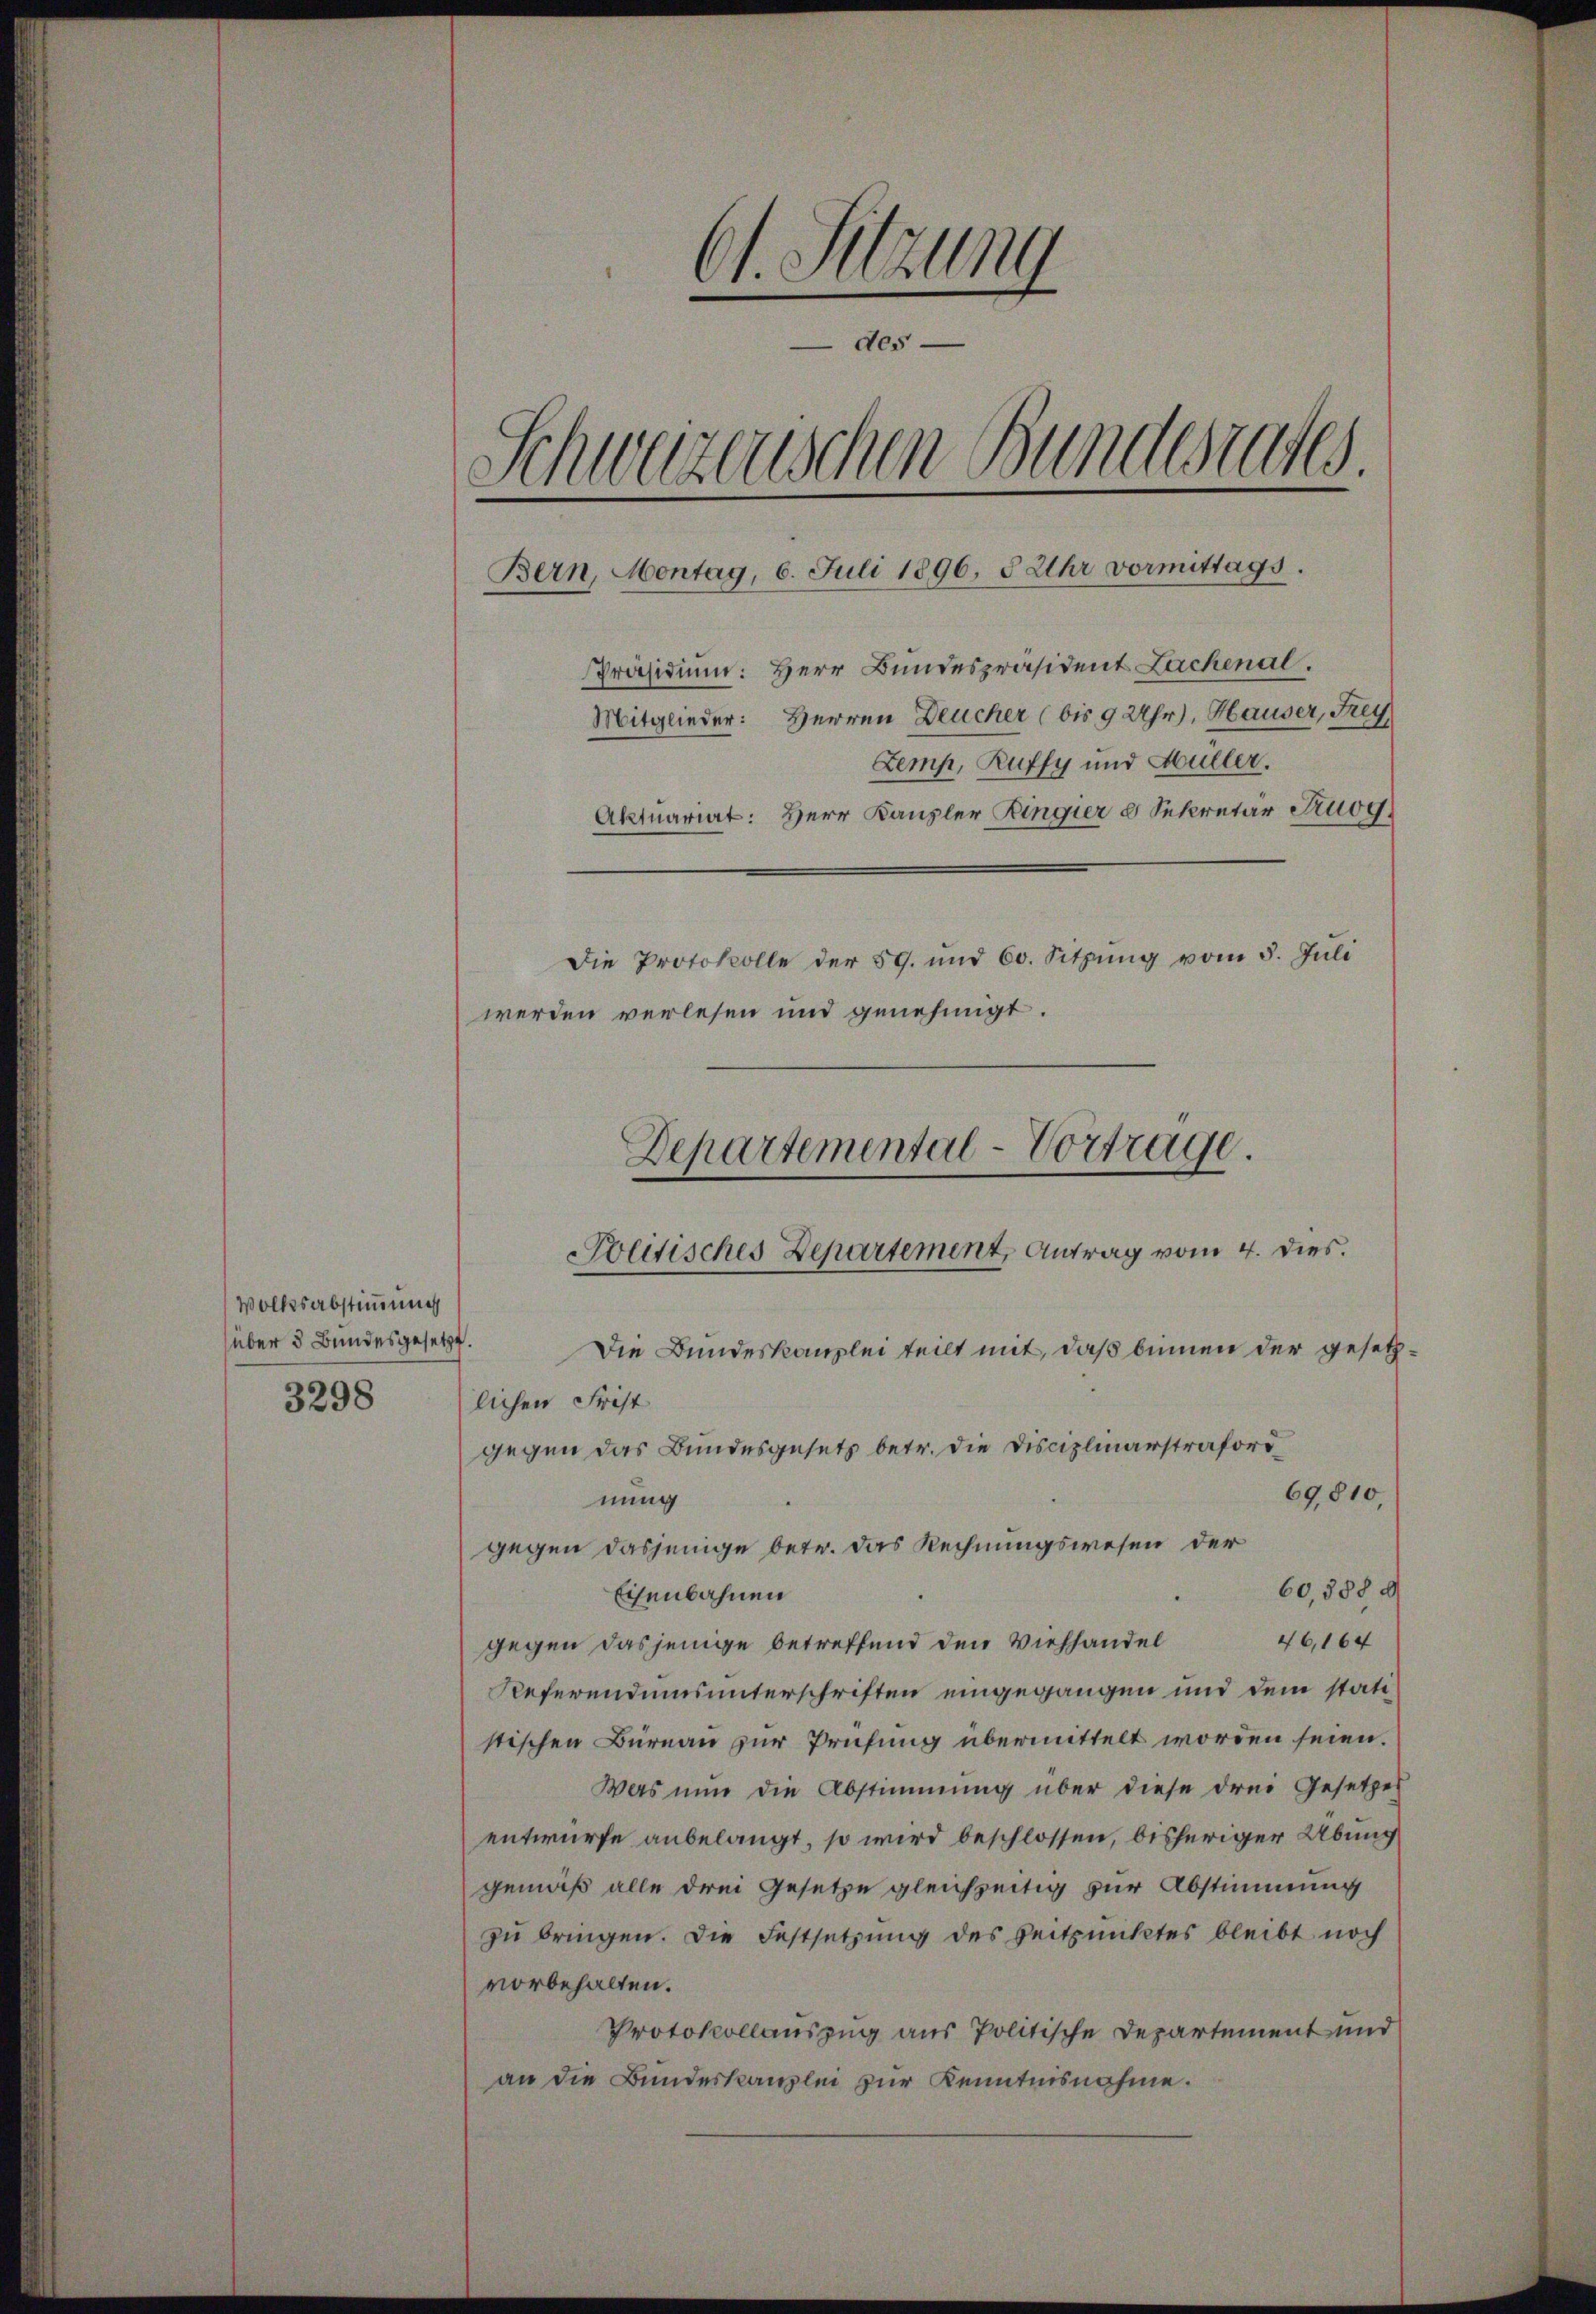
Volksabstimmung
über 3 Bundesgesetzt.
3298

Ct. Sitzung
des
Schweizerischen Bundesrates.
Bern, Montag, 6. Juli 1896. 8 Uhr vormittags.
Präsidium: Herr Bundespräsident Lachenal.
Mitglieder: Herren Deucher (bis 9 Uhr), Hauser, Frey.
Zemp, Ruffy und Müller.
Aktuariat: Herr Kanzler Ringier 8 Sekretär Truog
Die Protokolle der 59. und 60. Sitzŭng vom 5. Jŭli
werden verlesen und genehmigt.

Departemental-Vortrage.
Politisches Departement, Antrag vom 4. dies.
Die Bundeskanzlei teilt mit, daß binnen der gesetzlichen Frist
gegen das Bundesgesetz betr. die Disciplinarstraford
69810,
nung

gegen dasjenige betr. das Rechnungswesen der
60,388
Eisenbahnen
46,164
gegen dasjenige betreffend den Viehhandel
Referendumsunterschriften eingegangen und dem statistischen Bureau zur Prüfung übermittelt worden seien.
Was nun die Abstimmung über diese drei Gesetzes
entwurfe anbelangt, so wird beschlossen, bisheriger Übung
gemäß alle drei Gesetze gleichzeitig zur Abstimmung
zu bringen. Die Festsetzung des Zeitpunktes bleibt noch
vorbehalten.
Protokollauszug aus Politische Departement und
an die Bundeskanzlei zur Kenntnisnahme.